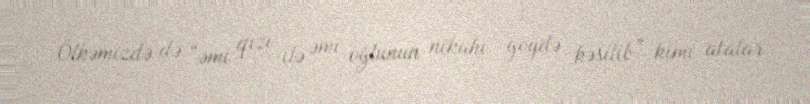
Ölkəmizdə də “əmi qızı ilə əmi oğlunun nikahı göydə kəsilib” kimi atalar